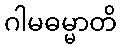
ဂါမဓမ္မာတိ